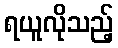
ရယူလိုသည့်